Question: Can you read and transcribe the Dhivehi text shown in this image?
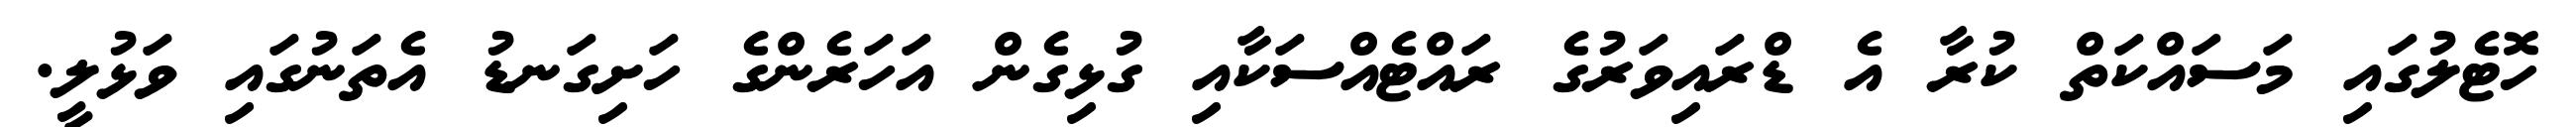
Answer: ހޮޓެލުގައި މަސައްކަތް ކުރާ އެ ޑްރައިވަރުގެ ރައްޓެއްސަކާއި ގުޅިގެން އަހަރެންގެ ހަށިގަނޑު އެތަނުގައި ވަޅުލީ.